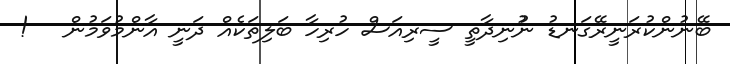
ބޭނުންކުރަނީރޭގަނޑު ނުުނިދާތީ ސީރިއަސް ހުރިހާ ބަލިތަކެއް ދަނީ އާންމުވަމުން   !